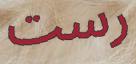
رست